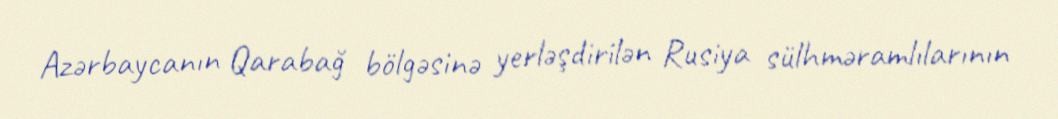
Azərbaycanın Qarabağ bölgəsinə yerləşdirilən Rusiya sülhməramlılarının